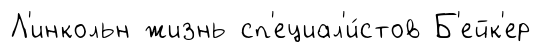
Л'инкольн жизнь сп'ециал'и́стов Б'ейк'ер